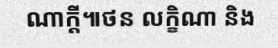
ណាក្តី៕ថន លក្ខិណា និង